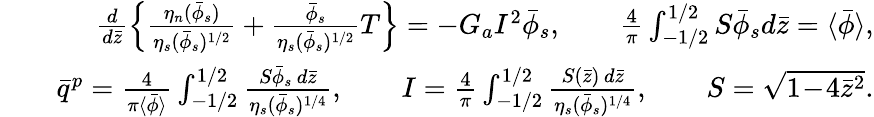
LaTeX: \begin{array}{rlr}&{}&{\frac{d}{d\bar{z}}\Bigl\{ \frac{\eta_{n}(\bar{\phi}_{s})}{\eta_{s}(\bar{\phi}_{s})^{1/2}}+\frac{\bar{\phi}_{s}}{\eta_{s}(\bar{\phi}_{s})^{1/2}}T\Bigr\} =-G_{a}I^{2}\bar{\phi}_{s},\qquad\frac{4}{\pi}\int_{-1/2}^{1/2}S\bar{\phi}_{s}d\bar{z}=\langle\bar{\phi}\rangle,}\\ &{}&{\bar{q}^{p}=\frac{4}{\pi\langle\bar{\phi}\rangle}\int_{-1/2}^{1/2}\frac{S\bar{\phi}_{s}\, d\bar{z}}{\eta_{s}(\bar{\phi}_{s})^{1/4}},\qquad I=\frac{4}{\pi}\int_{-1/2}^{1/2}\frac{S(\bar{z})\, d\bar{z}}{\eta_{s}(\bar{\phi}_{s})^{1/4}},\qquad S=\sqrt{1\! -\! 4\bar{z}^{2}}.}\end{array}